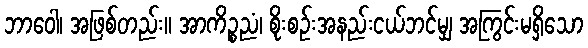
ဘာဝေါ၊ အဖြစ်တည်း။ အာကိဉ္စညံ၊ စိုးစဉ်းအနည်းငယ်ဘင်မျှ အကြွင်းမရှိသော